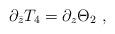
LaTeX: \begin{align*}\partial_{\bar{z}} T_4 = \partial_{z} \Theta_2 \ , \end{align*}